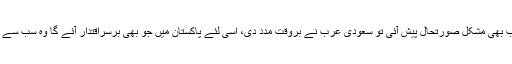
وزیر اعظم نے کہا کہ پاکستان کو جب بھی مشکل صورتحال پیش آئی تو سعودی عرب نے بروقت مدد دی، اسی لئے پاکستان میں جو بھی برسراقتدار آئے گا وہ سب سے پہلے سعودی عرب کا دورہ کرے گا۔